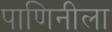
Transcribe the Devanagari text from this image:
पाणिनीला